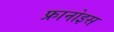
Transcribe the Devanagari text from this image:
फ्रानोइस